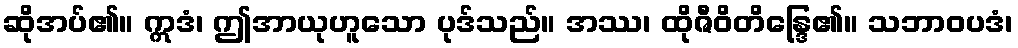
ဆိုအပ်၏။ ဣဒံ၊ ဤအာယုဟူသော ပုဒ်သည်။ အဿ၊ ထိုဇီဝိတိန္ဒြေ၏။ သဘာဝပဒံ၊